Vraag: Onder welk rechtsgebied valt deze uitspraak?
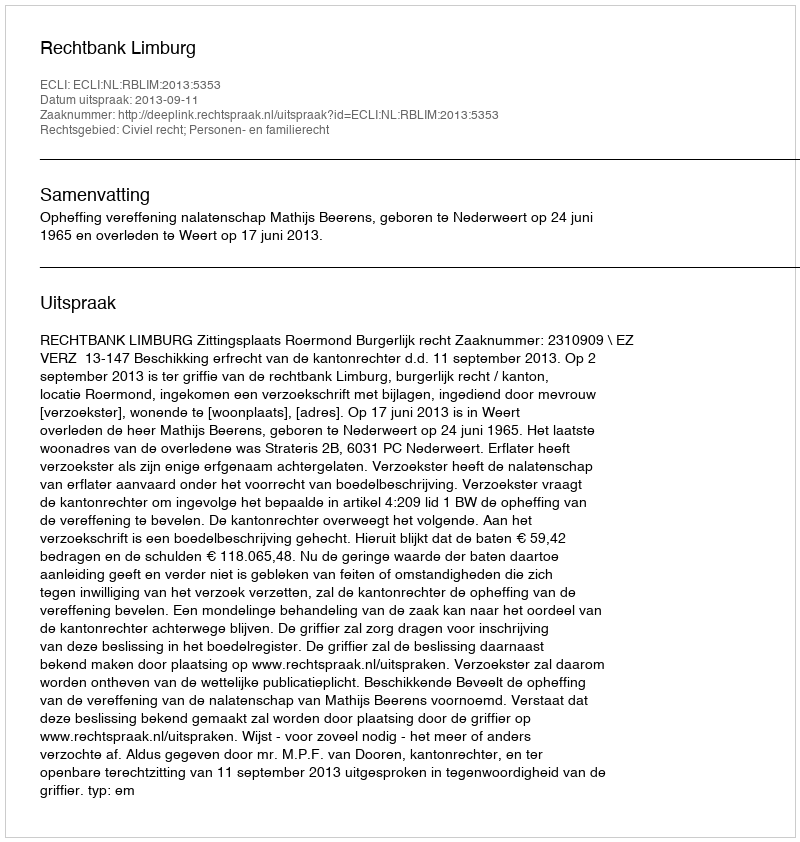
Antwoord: Civiel recht; Personen- en familierecht